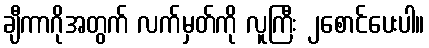
ချီကာဂိုအတွက် လက်မှတ်ကို လူကြီး ၂စောင်ပေးပါ။